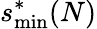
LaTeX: s_{\mathrm{min}}^{*}(N)